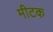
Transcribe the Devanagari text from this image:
मीटक